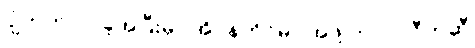
ပျံတက်လာခဲ့အပြီးမှာ အိုပဲန်ဟိုင်မာ အဖို့ ဘဂဝါ ဂီတဆီ